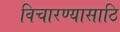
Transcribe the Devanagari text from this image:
विचारण्यासाठि